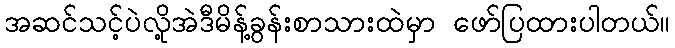
အဆင်သင့်ပဲလို့အဲဒီမိန့်ခွန်းစာသားထဲမှာ ဖော်ပြထားပါတယ်။